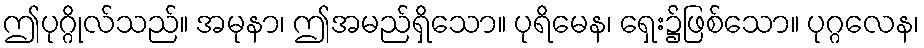
ဤပုဂ္ဂိုလ်သည်။ အမုနာ၊ ဤအမည်ရှိသော။ ပုရိမေန၊ ရှေး၌ဖြစ်သော။ ပုဂ္ဂလေန၊